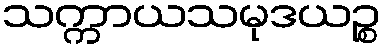
သက္ကာယသမုဒယဉ္စ